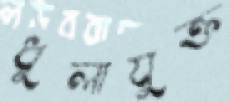
ধুলাযুক্ত